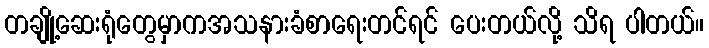
တချို့ဆေးရုံတွေမှာကအသနားခံစာရေးတင်ရင် ပေးတယ်လို့ သိရ ပါတယ်။